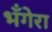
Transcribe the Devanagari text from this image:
भँगेरा